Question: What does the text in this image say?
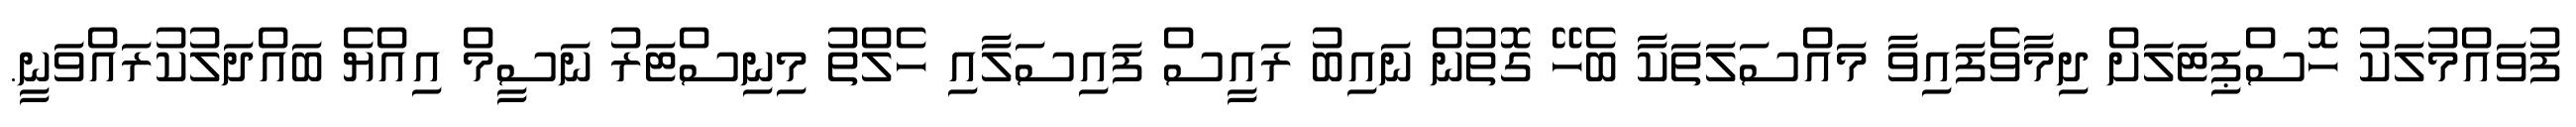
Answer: ފުވައްމުލަކު ހޮސްޕިޓަލަށް ދިމާވެފައިވާ މައްސަލަތަކާ ބެހޭ ގޮތުން ނައިބު ރައީސް ފައިސަލާއި ހެލްތު މިނިސްޓަރު ނަސީމް އިއްޔެ ބައްދަލުކުރައްވަނީ.